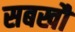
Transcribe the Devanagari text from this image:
सबखौं